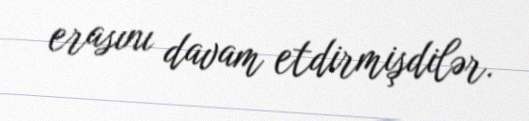
erasını davam etdirmişdilər.